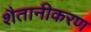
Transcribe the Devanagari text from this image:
शैतानीकरण